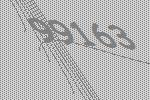
99163